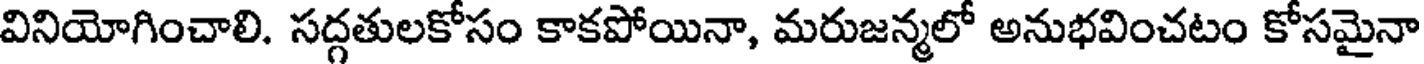
వినియోగించాలి. సద్గతులకోసం కాకపోయినా, మరుజన్మలో అనుభవించటం కోసమైనా